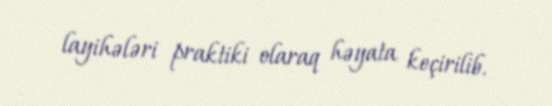
layihələri praktiki olaraq həyata keçirilib.